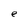
Character: e